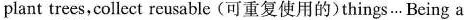
plant trees,collect reusable (可重复使用的)things…Being a